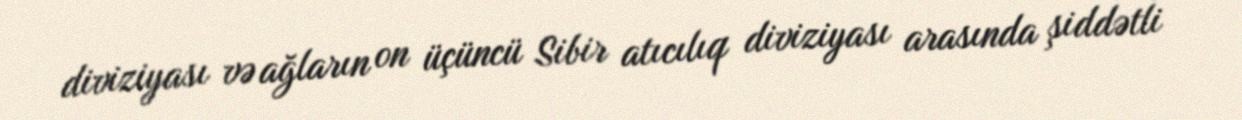
diviziyası və ağların on üçüncü Sibir atıcılıq diviziyası arasında şiddətli